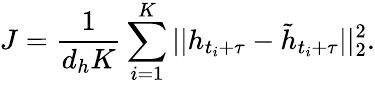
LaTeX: J=\frac{1}{d_{h}K}\sum_{i=1}^{K}||h_{t_{i}+\tau}-\tilde{h}_{t_{i}+\tau}||_{2}^{2}.